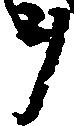
ヲ